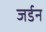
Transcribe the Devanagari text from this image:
जर्डन